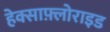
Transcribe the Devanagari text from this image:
हेक्साफ़्लोराइड